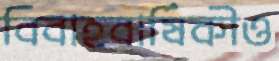
বিবাহবার্ষিকীও